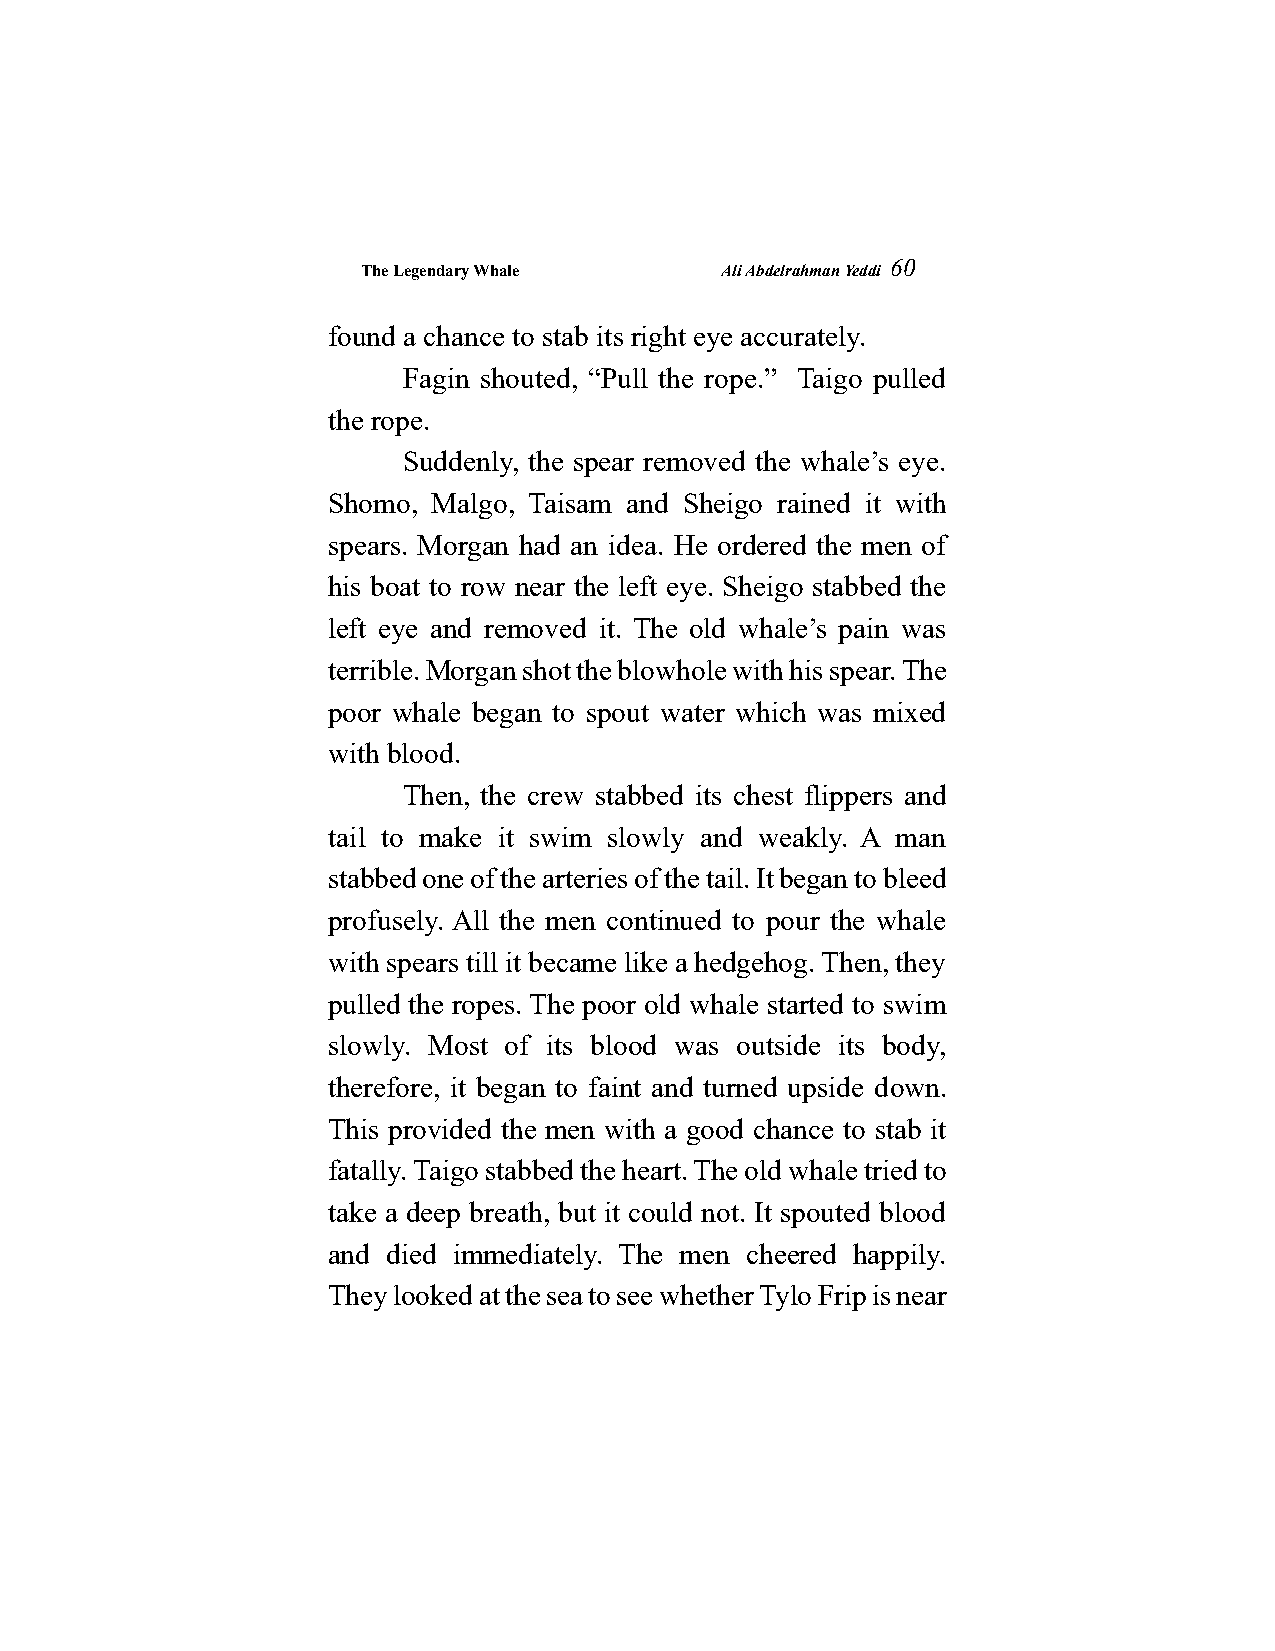
The Legendary Whale     Ali Abdelrahman Yeddi
 60
 found a chance to stab its right eye accurately.
 Fagin shouted, “Pull the rope.” Taigo pulled
 the rope.
 Suddenly, the spear removed the whale’s eye.
 Shomo, Malgo, Taisam and Sheigo rained it with
 spears. Morgan had an idea. He ordered the men of
 his boat to row near the left eye. Sheigo stabbed the
 left eye and removed it. The old whale’s pain was
 terrible. Morgan shot the blowhole with his spear. The
 poor whale began to spout water which was mixed
 with blood.
 Then, the crew stabbed its chest flippers and
 tail to make it swim slowly and weakly. A man
 stabbed one of the arteries of the tail. It began to bleed
 profusely. All the men continued to pour the whale
 with spears till it became like a hedgehog. Then, they
 pulled the ropes. The poor old whale started to swim
 slowly. Most of its blood was outside its body,
 therefore, it began to faint and turned upside down.
 This provided the men with a good chance to stab it
 fatally. Taigo stabbed the heart. The old whale tried to
 take a deep breath, but it could not. It spouted blood
 and died immediately. The men cheered happily.
 They looked at the sea to see whether Tylo Frip is near